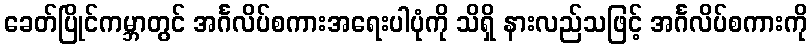
ခေတ်ပြိုင်ကမ္ဘာတွင် အင်္ဂလိပ်စကားအရေးပါပုံကို သိရှိ နားလည်သဖြင့် အင်္ဂလိပ်စကားကို